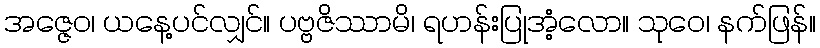
အဇ္ဇေဝ၊ ယနေ့ပင်လျှင်။ ပဗ္ဗဇိဿာမိ၊ ရဟန်းပြုအံ့လော။ သုဝေ၊ နက်ဖြန်။